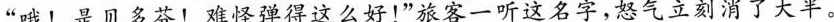
”哦！是贝多芬！难怪弹得这么好！”旅客一听这名字，怒气立刻消了大半。